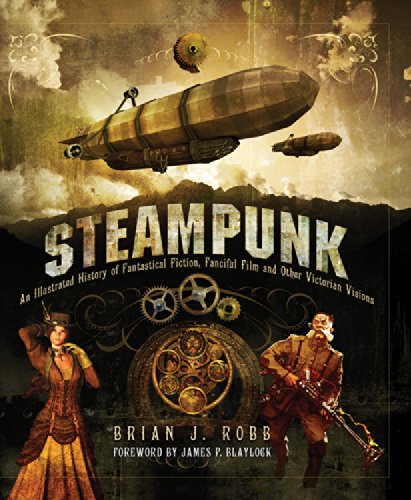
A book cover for Steampunk: An Illustrated History of Fantastical Fiction, Fanciful Film and Other Victorian Visions; Brian J. Robb; Science Fiction & Fantasy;